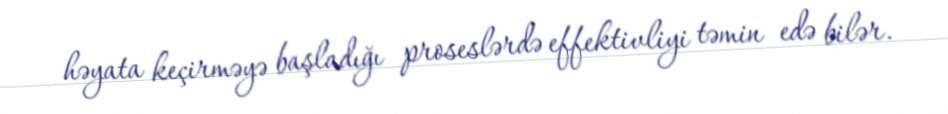
həyata keçirməyə başladığı proseslərdə effektivliyi təmin edə bilər.